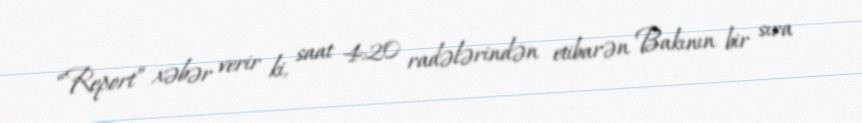
“Report” xəbər verir ki, saat 4:20 radələrindən etibarən Bakının bir sıra